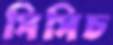
সিসিচ